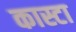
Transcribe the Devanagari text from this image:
कास्टा